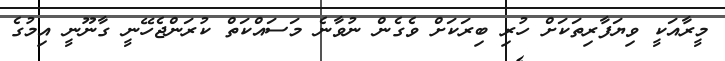
މީރާއަކީ ވިޔަފާރިތަކަށް ހުރި ބިރަކަށް ވެގެން ނުވާނެ މަސައްކަތް ކުރަންޖެހޭނީ ގާނޫނީ އިމުގެ